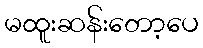
မထူးဆန်းတော့ပေ